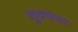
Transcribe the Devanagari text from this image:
मुख्यतः